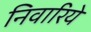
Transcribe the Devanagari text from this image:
निवारिये